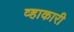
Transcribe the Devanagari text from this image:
व्हाकारी